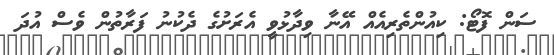
ސަން ފޮޓޯ: ކިއުންތެރިއެއް އޭނާ ވިދާޅުވީ އެރަށުގެ ދެކުނު ފަރާތުން ވެސް އުދަ